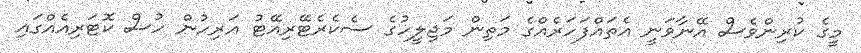
މީގެ ކުރިންވެސް އޭނާވަނީ އެތައްފަހަރެއްގެ މަތިން މަޖިލީހުގެ ސެކެރެޓޭރިއޭޓު އަރިހުން ހުސް ކޮޓަރިއެއްގައި